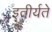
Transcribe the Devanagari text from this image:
इतीर्यते